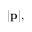
| \mathbf { p } | ,